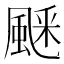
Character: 𩗞